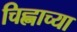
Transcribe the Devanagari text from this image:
चिह्नाच्या